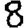
Digit: 8